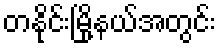
တနိုင်းမြို့နယ်အတွင်း